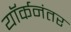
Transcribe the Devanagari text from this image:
यॉर्कनंतर